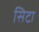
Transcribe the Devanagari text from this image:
सिटा